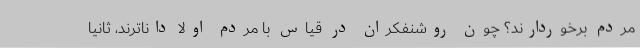
مردم برخوردارند؟ چون روشنفکران در قیاس با مردم اولاً داناترند، ثانیا